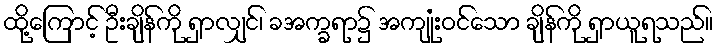
ထို့ကြောင့် ဦးချိန်ကို ရှာလျှင်၊ ခအက္ခရာ၌ အကျုံးဝင်သော ချိန်ကို ရှာယူရသည်။